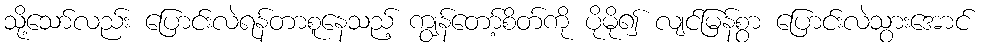
သို့သော်လည်း ပြောင်းလဲရန်တာစူနေသည့် ကျွန်တော့်စိတ်ကို ပိုမို၍ လျင်မြန်စွာ ပြောင်းလဲသွားအောင်